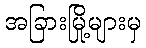
အခြားမြို့များမှ